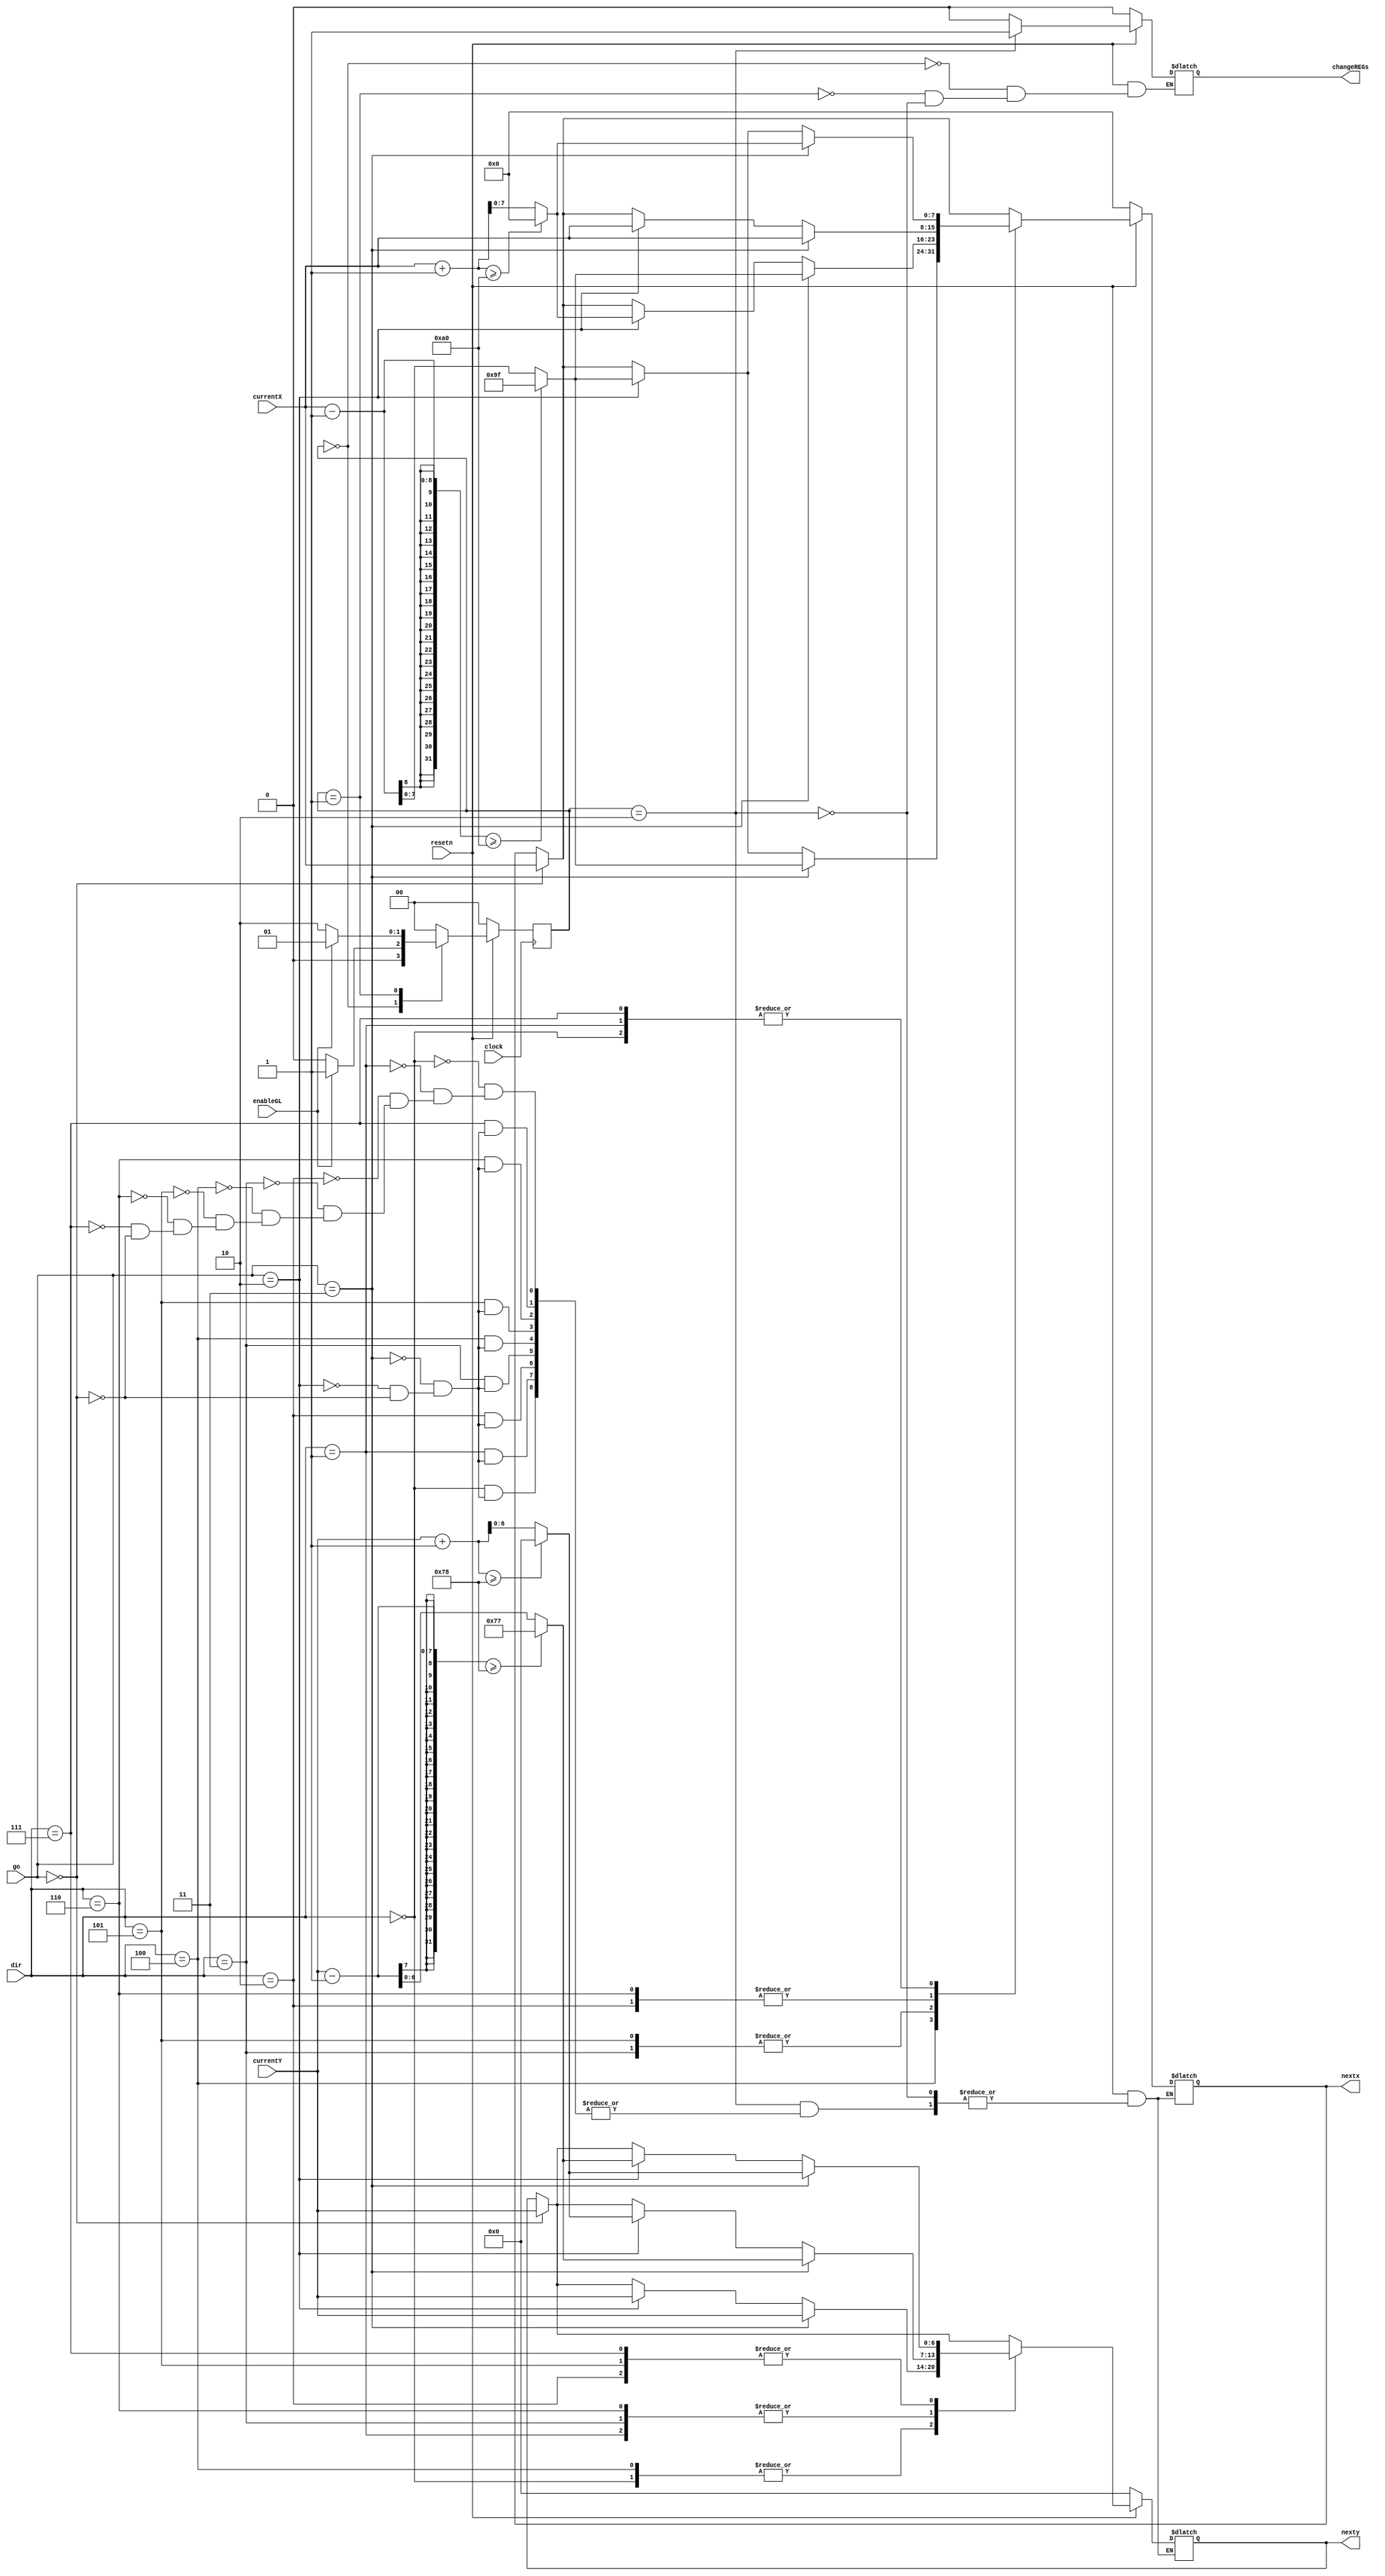
module gameLogic(
  input resetn,
  input clock,
  input [1:0]go,//stop = 00 forward = 11 backwards = 10
  input [2:0]dir,
  input [7:0]currentX,
  input [6:0]currentY,
  input enableGL, //connected to step5(so capture the currentx and y at stepE or step3)
  output reg [7:0] nextx,
  output reg [6:0] nexty,
  output reg changeREGs //to change current to next
  );

  reg [1:0] current_state, next_state;
  localparam step1 = 2'd0,
            stepWait = 2'd1,
            stepChange = 2'd2;

  always @ (*) begin //state table
    case(current_state)
      step1: next_state = (enableGL) ? stepWait : step1; //reset released?
      stepWait: next_state = ~enableGL ? stepChange : stepWait;
      stepChange: next_state = step1;
      default: next_state = step1;
    endcase
  end

  always @ (posedge clock) begin //state FFs
    if(!resetn) current_state <= step1;
    else current_state <= next_state;
  end

  parameter XMAX = 160; // cant be >= 160
  parameter YMAX = 120; //cnat be >= 120
  always@(*) begin//do stuff?
  if(!resetn) begin
    nextx <= 8'd0;
    nexty <= 7'd0;
    changeREGs <= 1'b0;
  end
  else begin
  case(current_state)
    step1: begin
      nextx <= nextx;
      nexty <= nexty;
      changeREGs <= 1'b0;
    end
    stepWait: begin
      nextx <= nextx;
      nexty <= nexty;
      changeREGs <= 1'b0;
    end
    stepChange: begin
      changeREGs <= 1'b1;
      if(go == 2'b00) begin //stop
        nextx <= currentX;
        nexty <= currentY;     
      end

      case(dir) 
        3'd0: begin //horizontal
          if(go == 2'b11) begin
            if(currentX + 1 >= XMAX) nextx <= 8'd0;
            else nextx <= currentX + 1;

            nexty <= currentY;
          end 
          else if(go == 2'b10) begin
            if(currentX - 1 >= XMAX) nextx <= 8'd159; //ie 0 - 1 = 255
            else nextx <= currentX - 1;

            nexty <= currentY;
          end 
        end
        3'd1: begin  
          if(go == 2'b11) begin
            if(currentX + 1 >= XMAX) nextx <= 8'd0;
            else nextx <= currentX + 1;

            if(currentY - 1 >= YMAX) nexty <= 7'd119;
            else nexty <= currentY - 1;
          end 
          else if(go == 2'b10) begin
            if(currentX - 1 >= XMAX) nextx <= 8'd159; //ie 0 - 1 = 255
            else nextx <= currentX - 1;

            if(currentY + 1 >= YMAX) nexty <= 7'd0;
            else nexty <= currentY + 1;
          end 
        end
        3'd2: begin //vertical
          if(go == 2'b11) begin
            nextx <= currentX;

            if(currentY + 1 >= YMAX) nexty <= 7'd0;
            else nexty <= currentY + 1;
          end 
          else if(go == 2'b10) begin
            nextx <= currentX;

            if(currentY - 1 >= YMAX) nexty <= 7'd119;
            else nexty <= currentY - 1;
          end 
        end
        3'd3: begin //diag
          if(go == 2'b11) begin
            if(currentX - 1 >= XMAX) nextx <= 8'd159; //ie 0 - 1 = 255
            else nextx <= currentX - 1;

            if(currentY - 1 >= YMAX) nexty <= 7'd119;
            else nexty <= currentY - 1;
          end 
          else if(go == 2'b10) begin
            if(currentX + 1 >= XMAX) nextx <= 8'd0;
            else nextx <= currentX + 1;

            if(currentY + 1 >= YMAX) nexty <= 7'd0;
            else nexty <= currentY + 1;
          end 
        end
        3'd4: begin //horizontal
            if(go == 2'b11) begin
            if(currentX - 1 >= XMAX) nextx <= 8'd159; //ie 0 - 1 = 255
            else nextx <= currentX - 1;

            nexty <= currentY;
          end 
          else if(go == 2'b10) begin
            if(currentX - 1 >= XMAX) nextx <= 8'd159; //ie 0 - 1 = 255
            else nextx <= currentX - 1;

            nexty <= currentY;
        end
        end
        3'd5: begin
          if(go == 2'b11) begin
            if(currentX - 1 >= XMAX) nextx <= 8'd159; //ie 0 - 1 = 255
            else nextx <= currentX - 1;

            if(currentY + 1 >= YMAX) nexty <= 7'd0;
            else nexty <= currentY + 1;
          end
          else if(go == 2'b10) begin
            if(currentX + 1 >= XMAX) nextx <= 8'd0;
            else nextx <= currentX + 1;

            if(currentY - 1 >= YMAX) nexty <= 7'd119;
            else nexty <= currentY - 1;
          end 
        end
        
        3'd6: begin //vertical
          if(go == 2'b11) begin
            nextx <= currentX;

            if(currentY - 1 >= YMAX) nexty <= 7'd119;
            else nexty <= currentY - 1;
          end
          else if(go == 2'b10) begin
            nextx <= currentX;

            if(currentY + 1 >= YMAX) nexty <= 7'd0;
            else nexty <= currentY + 1;
          end 
        end

        3'd7: begin
        if(go == 2'b11) begin
            if(currentX + 1 >= XMAX) nextx <= 8'd0;
            else nextx <= currentX + 1;

            if(currentY + 1 >= YMAX) nexty <= 7'd0;
            else nexty <= currentY + 1;
        end
        else if(go == 2'b10) begin
            if(currentX - 1 >= XMAX) nextx <= 8'd159; //ie 0 - 1 = 255
            else nextx <= currentX - 1;

            if(currentY - 1 >= YMAX) nexty <= 7'd119;
            else nexty <= currentY - 1;
        end

        end
        default begin
          nextx <= 8'b0;
          nexty <= 7'b0;
        end
      endcase
    end
  
  endcase
  end
  end //always


endmodule

//just a counter
module bigcounter( //2^20 counts
    input wire clock,
    input resetn,
    input frameDelay_en,

    output reg [19:0] frameDelayCounter
);
  always @(posedge clock) begin
    if(!resetn ) begin //smaller clock for testing
      frameDelayCounter <= 20'd0;
    end
    else if ((frameDelayCounter == 20'd10000)) frameDelayCounter <= {20{1'b1}};
    else if (frameDelay_en) begin//dont increase Q
      frameDelayCounter <= frameDelayCounter + 1'b1;
    end
  end
endmodule